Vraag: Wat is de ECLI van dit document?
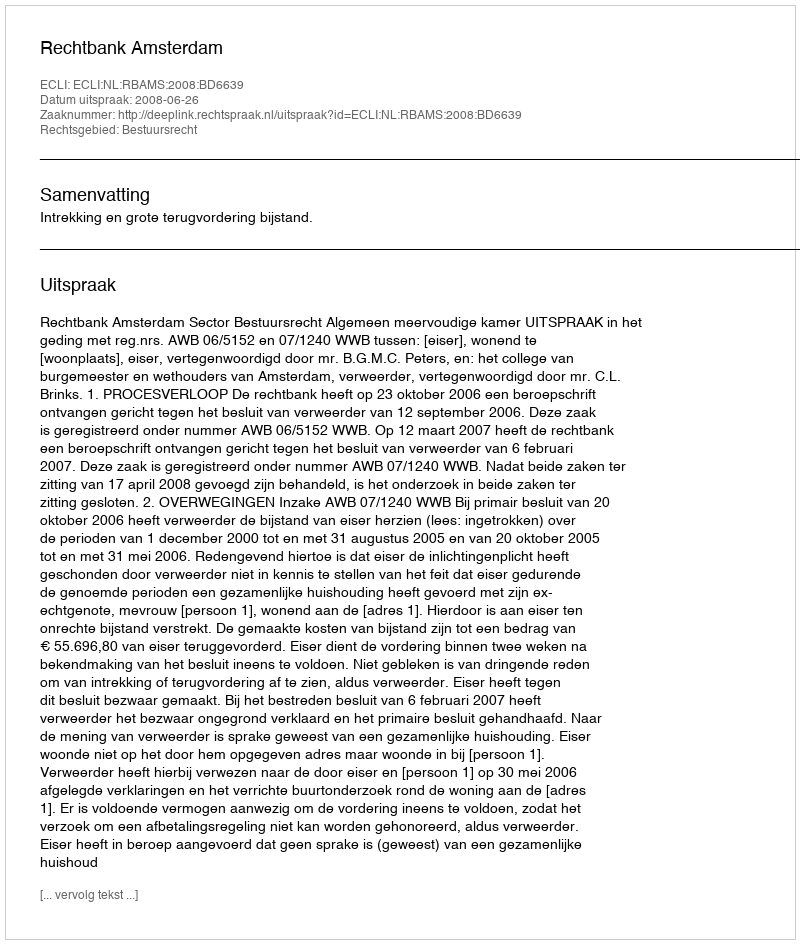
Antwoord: ECLI:NL:RBAMS:2008:BD6639